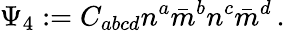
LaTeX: \Psi_{4}:=C_{abcd}n^{a}{\bar{m}}^{b}n^{c}{\bar{m}}^{d}\, .